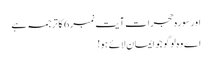
اور سورہ حجرات آیت نمبر 6 کا ترجمہ ہے
اے وہ لوگو جو ایمان لائے ہو!